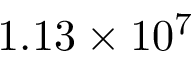
1 . 1 3 \times 1 0 ^ { 7 }